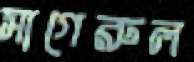
সাগেরুল